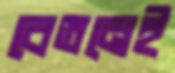
বেতনেই